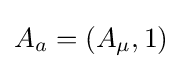
A_{a}=(A_{\mu },1)